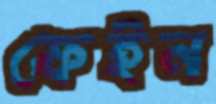
ফেইন